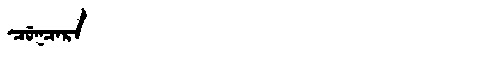
Manchu: ᠴᡠᡴᠴᠠᡵᠠ
Romanization: CUKCARA